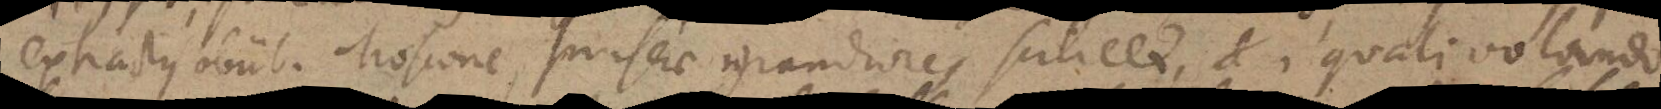
extractus obiit. Moscone, muscae grandiores scilicet, et, quali volando